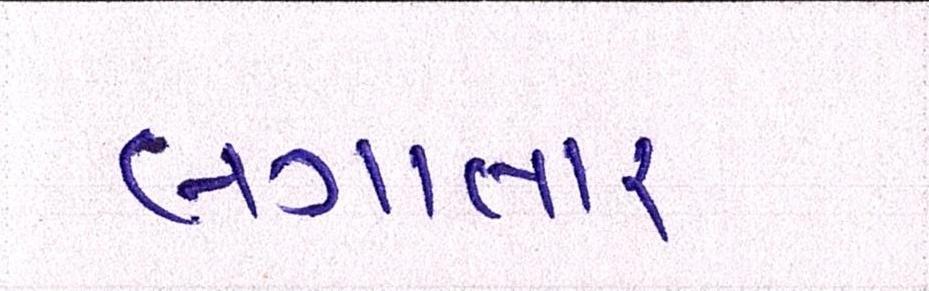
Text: લગાતાર